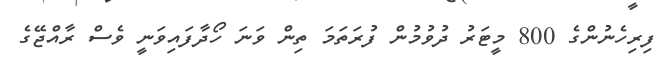
ފިރިހެނުންގެ 800 މީޓަރު ދުވުމުން ފުރަތަމަ ތިން ވަނަ ހޯދާފައިވަނީ ވެސް ރާއްޖޭގެ